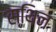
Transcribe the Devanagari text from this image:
स्थिन